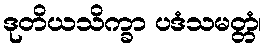
ဒုတိယသိက္ခာ ပဒံသမတ္တံ၊